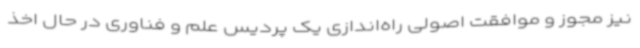
نیز مجوز و موافقت اصولی راه‌اندازی یک پردیس علم و فناوری در حال اخذ